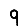
Digit: 9